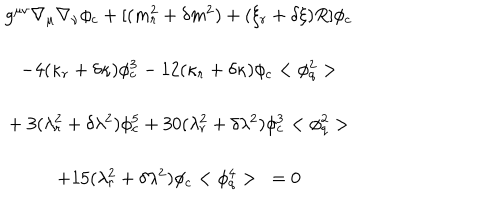
\begin{array} { c } { { g ^ { \mu \nu } \nabla _ { \mu } \nabla _ { \nu } \phi _ { c } + [ ( m _ { r } ^ { 2 } + \delta m ^ { 2 } ) + ( \xi _ { r } + \delta \xi ) R ] \phi _ { c } } } \\ { { - 4 ( \kappa _ { r } + \delta \kappa ) \phi _ { c } ^ { 3 } - 1 2 ( \kappa _ { r } + \delta \kappa ) \phi _ { c } < \phi _ { q } ^ { 2 } > } } \\ { { + \ 3 ( \lambda _ { r } ^ { 2 } + \delta \lambda ^ { 2 } ) \phi _ { c } ^ { 5 } + 3 0 ( \lambda _ { r } ^ { 2 } + \delta \lambda ^ { 2 } ) \phi _ { c } ^ { 3 } < \phi _ { q } ^ { 2 } > } } \\ { { + 1 5 ( \lambda _ { r } ^ { 2 } + \delta \lambda ^ { 2 } ) \phi _ { c } < \phi _ { q } ^ { 4 } > \ = 0 } } \\ \end{array}